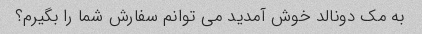
به مک دونالد خوش آمدید می توانم سفارش شما را بگیرم؟